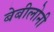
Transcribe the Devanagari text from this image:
बेबीलोनी